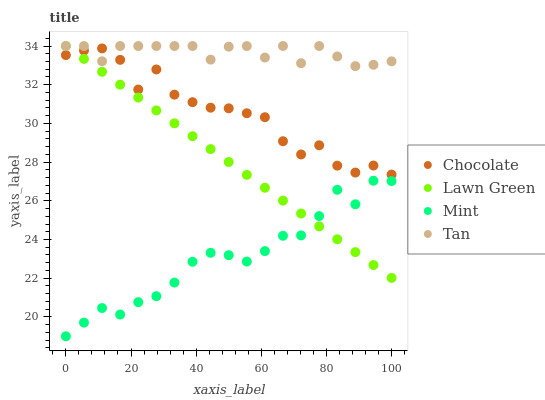
| xaxis_label | Chocolate | Lawn Green | Mint | Tan |
 | --- | --- | --- | --- | --- |
 | 0 | 33.5 | 34 | 19 | 34 |
 | 5.56 | 33.8 | 33.3 | 19.7 | 34 |
 | 11.1 | 33.9 | 32.7 | 20.5 | 33.2 |
 | 16.7 | 33.3 | 32 | 20.1 | 34 |
 | 22.2 | 31.8 | 31.3 | 20.8 | 34 |
 | 27.8 | 32.8 | 30.7 | 21.1 | 34 |
 | 33.3 | 31.5 | 30 | 21.8 | 34 |
 | 38.9 | 31.1 | 29.3 | 22.9 | 34 |
 | 44.4 | 30.8 | 28.7 | 23.3 | 33.3 |
 | 50 | 30.8 | 28 | 23.2 | 34 |
 | 55.6 | 30.5 | 27.3 | 22.9 | 34 |
 | 61.1 | 30.3 | 26.7 | 23.4 | 33.4 |
 | 66.7 | 29.1 | 26 | 24.2 | 34 |
 | 72.2 | 28.4 | 25.3 | 24.2 | 33.1 |
 | 77.8 | 28.9 | 24.7 | 25.2 | 34 |
 | 83.3 | 27.8 | 24 | 26.6 | 33.5 |
 | 88.9 | 27.5 | 23.3 | 25.8 | 33 |
 | 94.4 | 27.8 | 22.7 | 27 | 33 |
 | 100 | 27.4 | 22 | 27 | 33.2 |